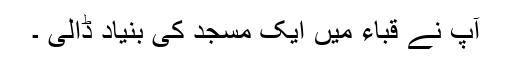
آپ نے قباء میں ایک مسجد کی بنیاد ڈالی ۔